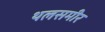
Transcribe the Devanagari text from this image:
थलसमीर